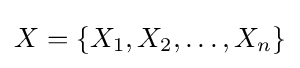
X=\{X_{1},X_{2},\dots ,X_{n}\}